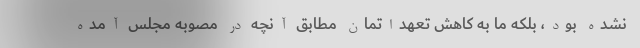
نشده بود، بلکه ما به کاهش تعهداتمان مطابق آنچه در مصوبه مجلس آمده